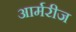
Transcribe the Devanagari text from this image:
आर्मरीज